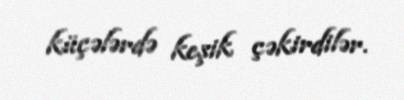
küçələrdə keşik çəkirdilər.